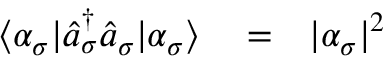
\begin{array} { r l r } { \langle \alpha _ { \sigma } | \hat { a } _ { \sigma } ^ { \dagger } \hat { a } _ { \sigma } | \alpha _ { \sigma } \rangle } & { { } = } & { | \alpha _ { \sigma } | ^ { 2 } } \end{array}